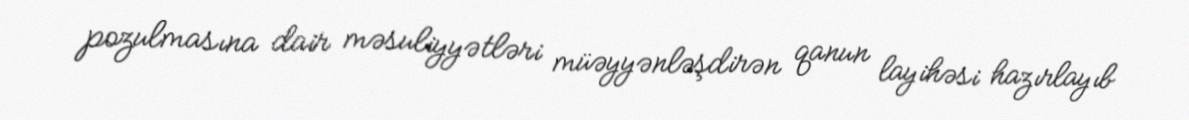
pozulmasına dair məsuliyyətləri müəyyənləşdirən qanun layihəsi hazırlayıb